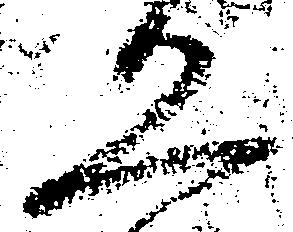
恐